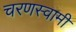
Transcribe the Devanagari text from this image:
चरणस्वामी